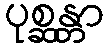
ပုစ္ဆန္တာ